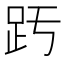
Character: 𧿉